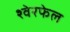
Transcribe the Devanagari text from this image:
श्वेरफेल